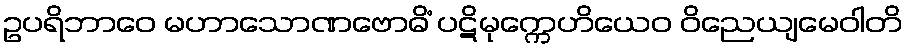
ဥပရိဘာဝေ မဟာသောဏဗောဓိံ ပဋိမုက္ကေဟိယေဝ ဝိညေယျမေဝါတိ